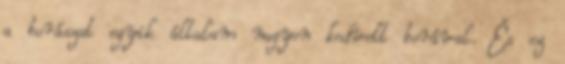
a borászat egyik általam nagyon kedvelt borával. És ez